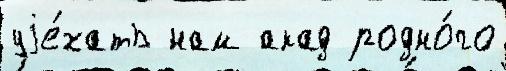
уjе́хать нам акад родно́го